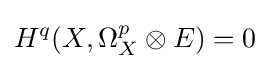
H^{q}(X,\Omega _{X}^{p}\otimes E)=0